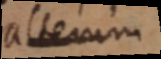
alterum